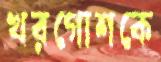
খরগোশকে